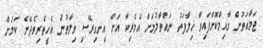
ޖަމާއަތުން ގާއިމްކޮށްފައިވާ ޚިލާފަތު ނައްތާލުމަށް އެމެރިކާ އަށް އިނގިރޭސި ވިލާތުން އެހީތެރިވެދޭނެ ކަމަށް